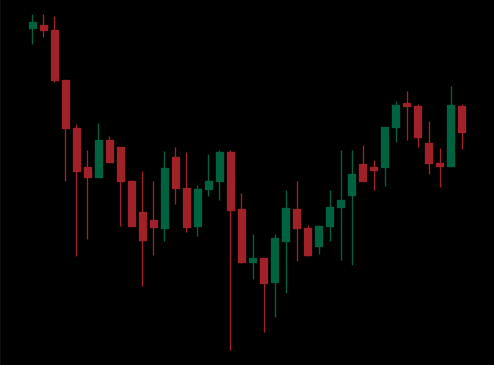
Pattern: unclassified